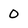
Character: O